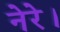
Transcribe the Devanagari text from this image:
नेरे।